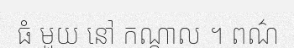
ធំ មួយ នៅ កណ្តាល ។ ពណ៌